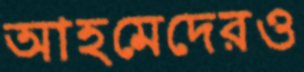
আহমেদেরও